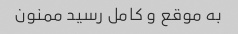
به موقع و کامل رسید ممنون